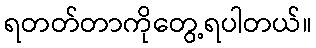
ရတတ်တာကိုတွေ့ရပါတယ်။